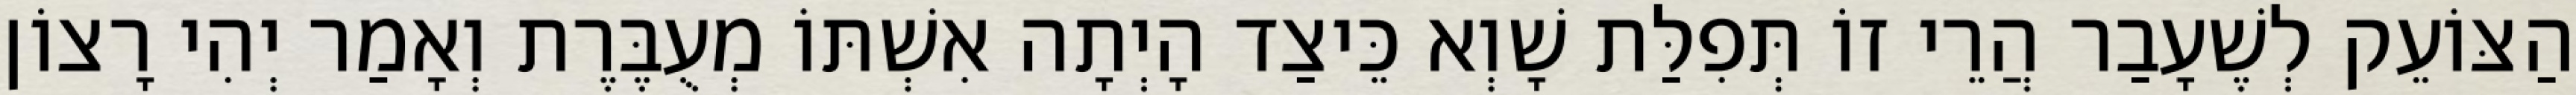
הַצּוֹעֵק לְשֶׁעָבַר הֲרֵי זוֹ תְּפִלַּת שָׁוְא כֵּיצַד הָיְתָה אִשְׁתּוֹ מְעֻבֶּרֶת וְאָמַר יְהִי רָצוֹן